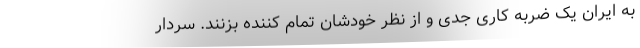
به ایران یک ضربه کاری جدی و از نظر خودشان تمام کننده بزنند. سردار